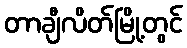
တာချီလိတ်မြို့တွင်